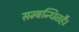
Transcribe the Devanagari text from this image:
सम्बन्धितहै।